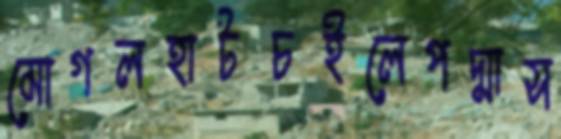
মোগলহাটচইলেপদ্মাস